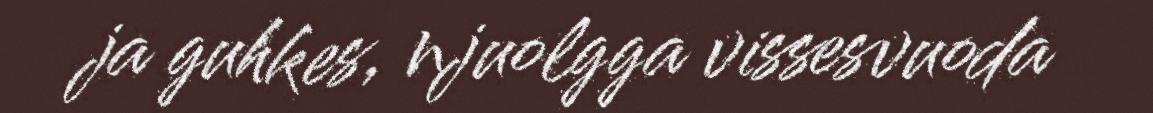
ja guhkes, njuolgga vissesvuoda